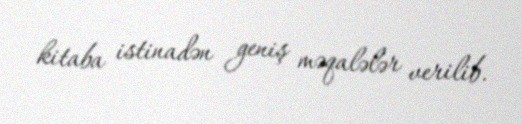
kitaba istinadən geniş məqalələr verilib.